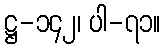
ဋ္ဌ-၁၄၂၊ ပါ-၇၁။